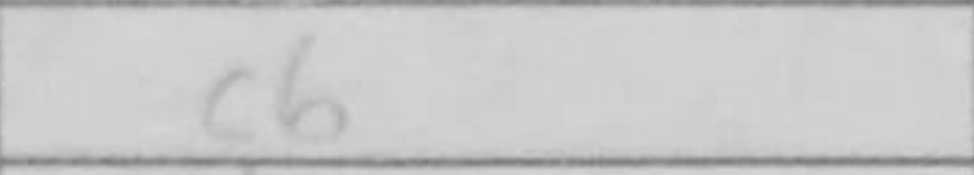
Transcription: c6